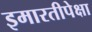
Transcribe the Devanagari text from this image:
इमारतीपेक्षा